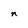
Character: n